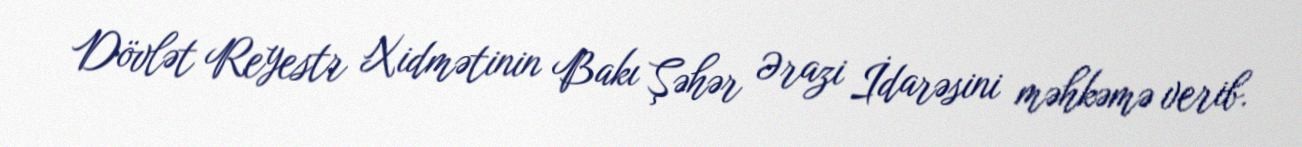
Dövlət Reyestr Xidmətinin Bakı Şəhər Ərazi İdarəsini məhkəmə verib.